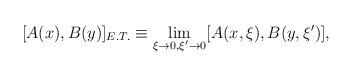
LaTeX: \begin{align*}[A(x),B(y)]_{E.T.}\equiv \lim_{\xi\to 0, \xi^{\prime}\to0}[A(x,\xi),B(y,\xi^{\prime})] , \end{align*}